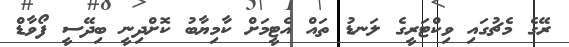
ރޭގެ މެޗުގައި ވިކްޓަރީގެ ލަނޑު ތައް އެޓީމަށް ކާމިޔާބު ކޮށްދިނީ ބިދޭސީ ފޯވާޑް